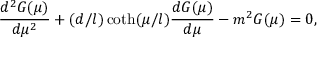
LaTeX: \frac { d ^ { 2 } G ( \mu ) } { d \mu ^ { 2 } } + ( d / l ) \coth ( \mu / l ) \frac { d G ( \mu ) } { d \mu } - m ^ { 2 } G ( \mu ) = 0 ,